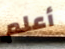
أعلم